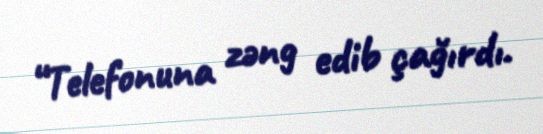
“Telefonuna zəng edib çağırdı.